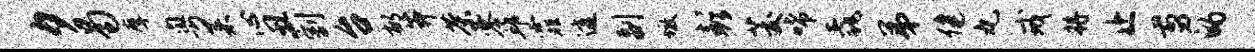
夕曷摩粤菜心丑割台郁莽茶零邱霏透副墩彭茭唏毳弟健丸戒将止剪的